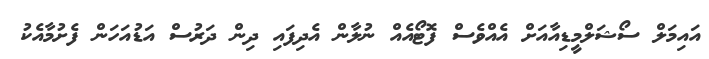
އައިމަލް ސޯޝަލްމީޑިއާއަށް އެއްވެސް ފޮޓޯއެއް ނުލާން އެދިފައި ދިން ދަރުސް އަޑުއަހަން ފެށުމާއެކު